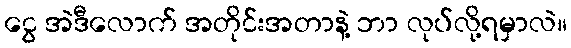
ငွေ အဲဒီလောက် အတိုင်းအတာနဲ့ ဘာ လုပ်လို့ရမှာလဲ။